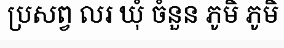
ប្រសព្វ លរ ឃុំ ចំនួន ភូមិ ភូមិ